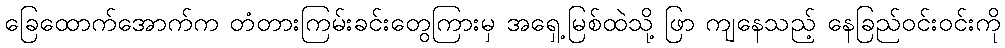
ခြေထောက်အောက်က တံတားကြမ်းခင်းတွေကြားမှ အရှေ့မြစ်ထဲသို့ ဖြာ ကျနေသည့် နေခြည်ဝင်းဝင်းကို